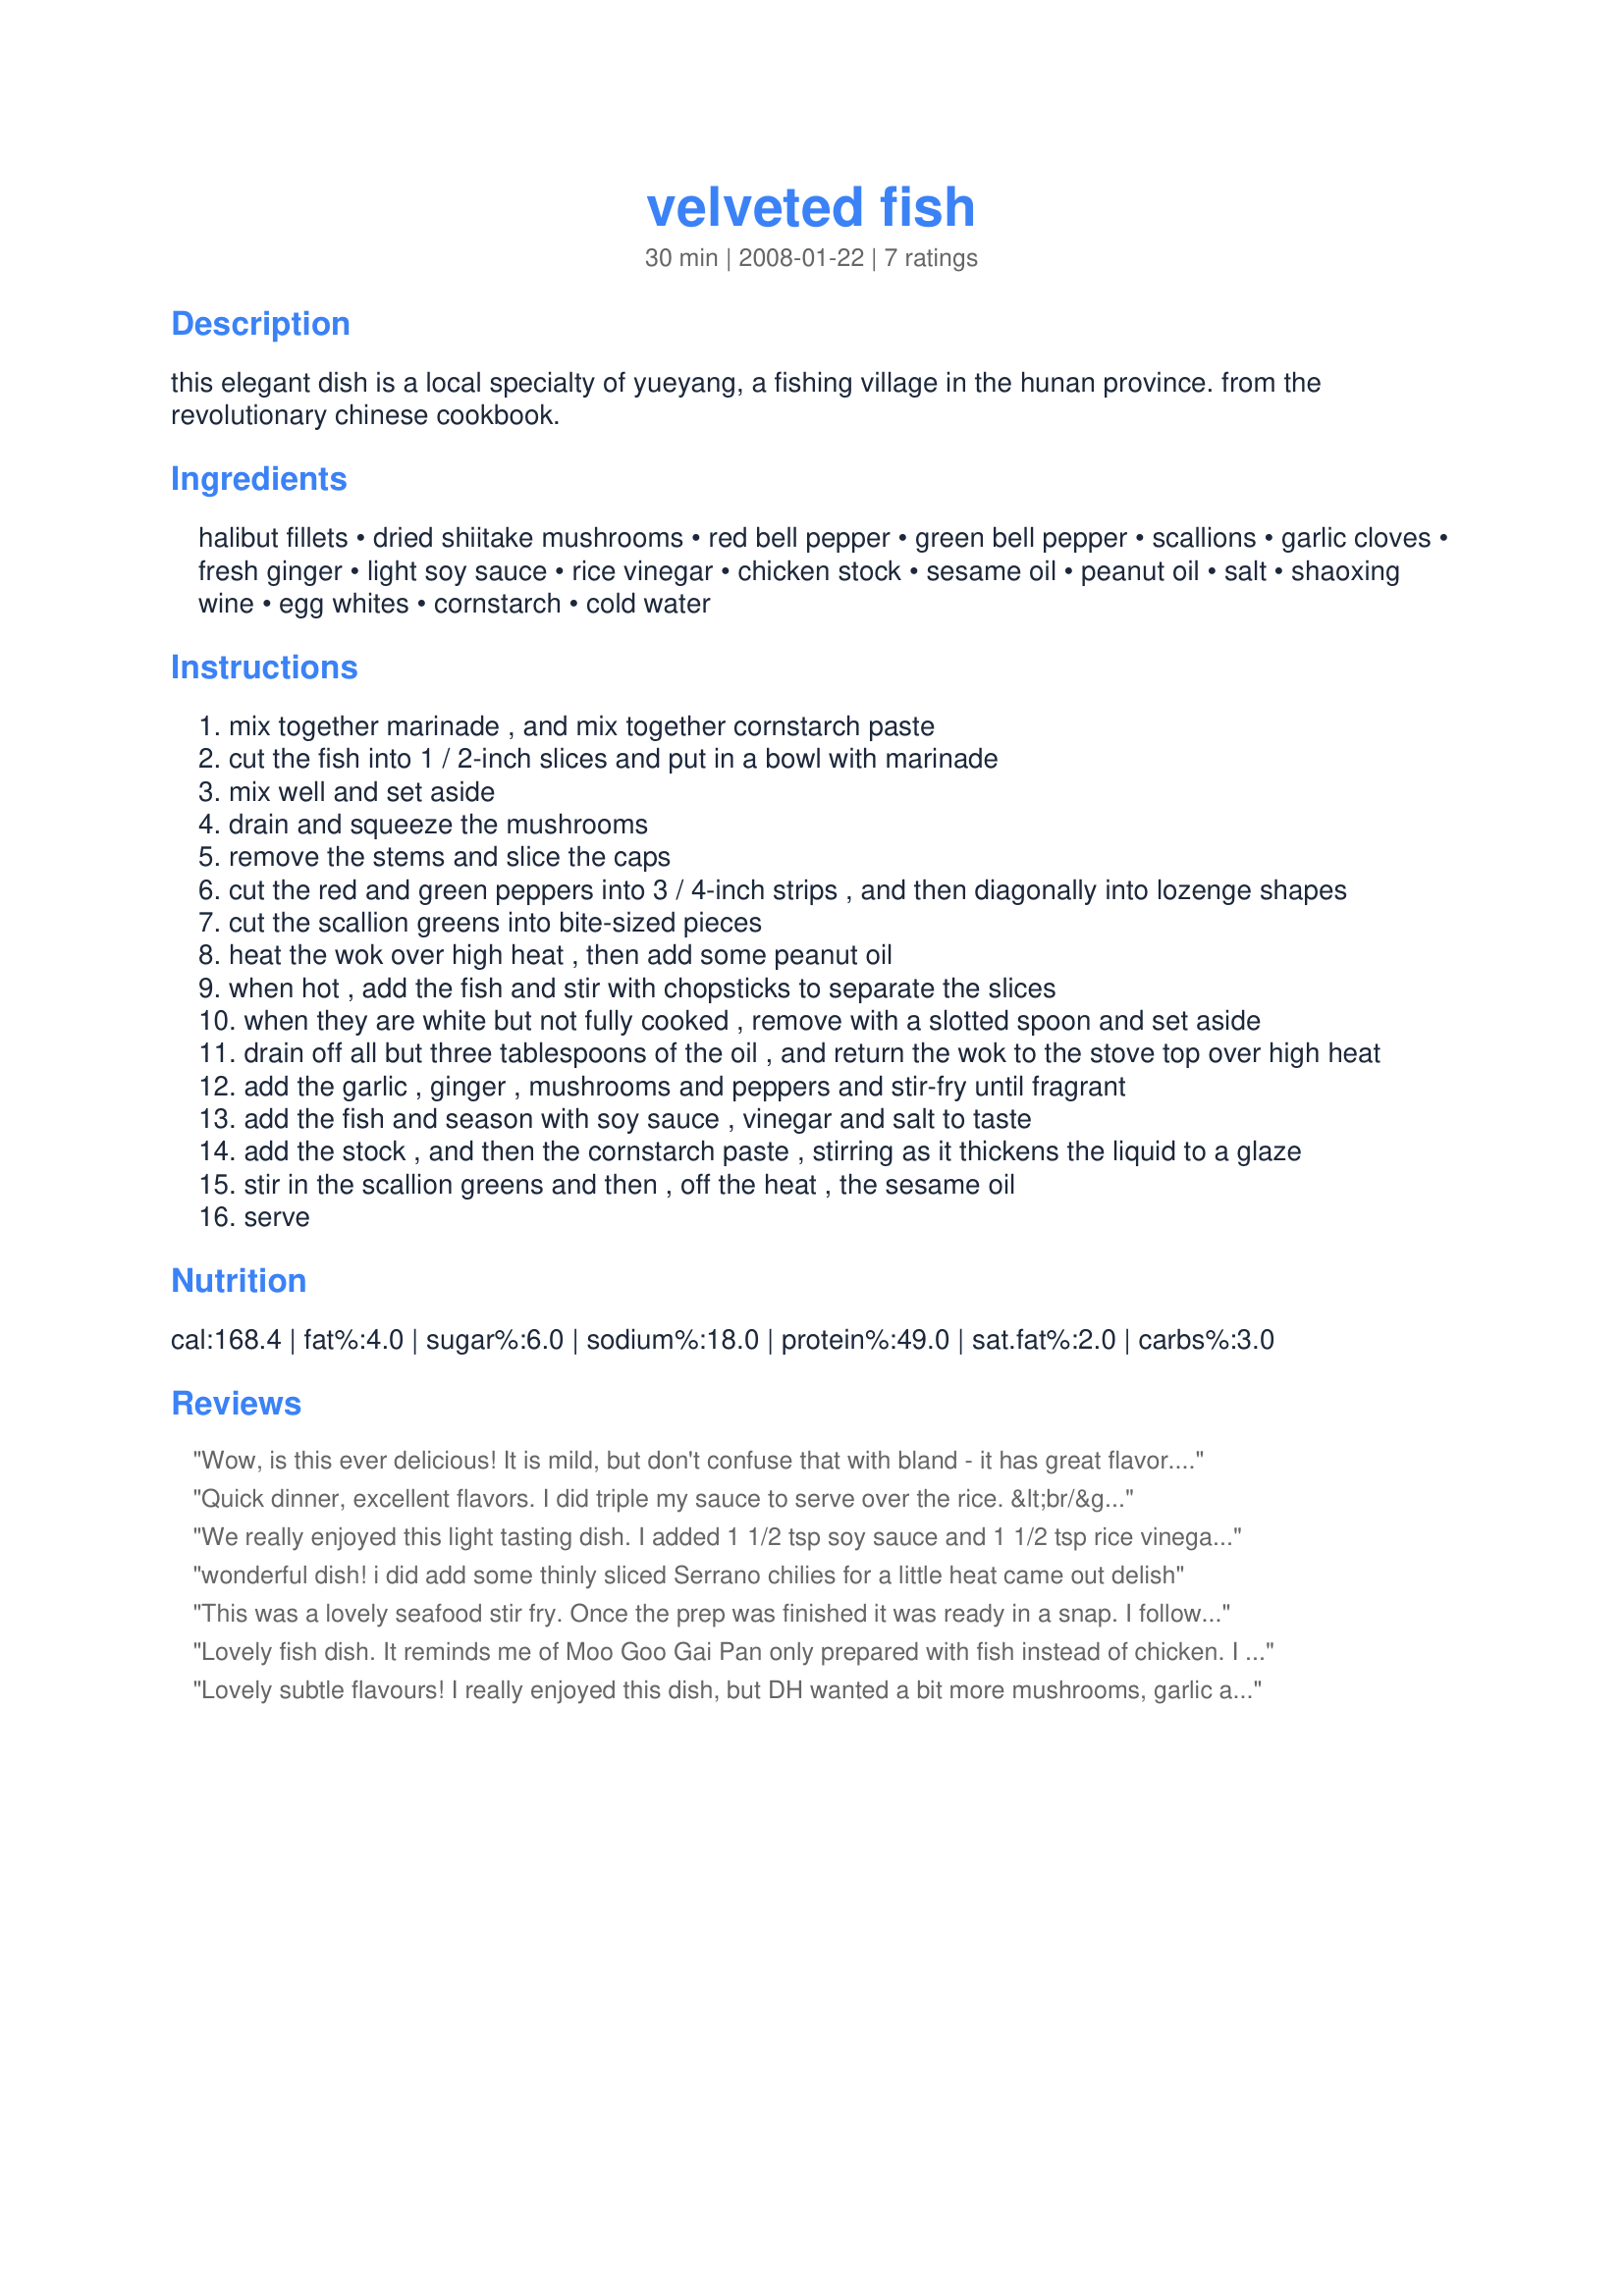
velveted fish
Preparation time: 30 minutes

this elegant dish is a local specialty of yueyang, a fishing village in the hunan province. from the revolutionary chinese cookbook.

Ingredients:
halibut fillets, dried shiitake mushrooms, red bell pepper, green bell pepper, scallions, garlic cloves, fresh ginger, light soy sauce, rice vinegar, chicken stock, sesame oil, peanut oil, salt, shaoxing wine, egg whites, cornstarch, cold water

Steps:
mix together marinade , and mix together cornstarch paste
cut the fish into 1 / 2-inch slices and put in a bowl with marinade
mix well and set aside
drain and squeeze the mushrooms
remove the stems and slice the caps
cut the red and green peppers into 3 / 4-inch strips , and then diagonally into lozenge shapes
cut the scallion greens into bite-sized pieces
heat the wok over high heat , then add some peanut oil
when hot , add the fish and stir with chopsticks to separate the slices
when they are white but not fully cooked , remove with a slotted spoon and set aside
drain off all but three tablespoons of the oil , and return the wok to the stove top over high heat
add the garlic , ginger , mushrooms and peppers and stir-fry until fragrant
add the fish and season with soy sauce , vinegar and salt to taste
add the stock , and then the cornstarch paste , stirring as it thickens the liquid to a glaze
stir in the scallion greens and then , off the heat , the sesame oil
serve

Reviews:
Wow, is this ever delicious! It is mild, but don't confuse that with bland - it has great flavor. I halved the salt, tripled the mushrooms, and used a teaspoon each of the soy and vinegar. I loved the fish and the method in this, and the flavors were nicely balanced. I decreased the fish to half a pound (but kept the rest the same) and it was perfect for 2 people.
Quick dinner, excellent flavors. I did triple my sauce to serve over the rice. &lt;br/&gt;Thank you .
We really enjoyed this light tasting dish. I added 1 1/2 tsp soy sauce and 1 1/2 tsp rice vinegar instead of 1/2 tsp each after reading Amanda's review and it was very good. I used butterfish/black cod for this recipe. Reminded me of many Cantonese dishes with fresh tasting vegetables and seafood. Thank you Jen for posting this wonderful recipe.
wonderful dish! i did add some thinly sliced Serrano chilies for a little heat came out delish
This was a lovely seafood stir fry. Once the prep was finished it was ready in a snap. I followed the recipe exactly, but will likely add a little more of the soy sauce, rice vinegar and sesame oil to pick up the flavor a bit in the future, and also a few more mushrooms - because I like them!
Lovely fish dish. It reminds me of Moo Goo Gai Pan only prepared with fish instead of chicken. I ordinarily prefer spicy Szechuan type dishes but this mild recipe lets fresh ingredients shine. I thoroughly enjoyed it. Thanks Jen!
Lovely subtle flavours! I really enjoyed this dish, but DH wanted a bit more mushrooms, garlic and soy. I used quite a meaty, blue-eye cod for the fish, which took the batter nicely. This made three nice, filling servings for us. Yummy! Thanks Jen!
